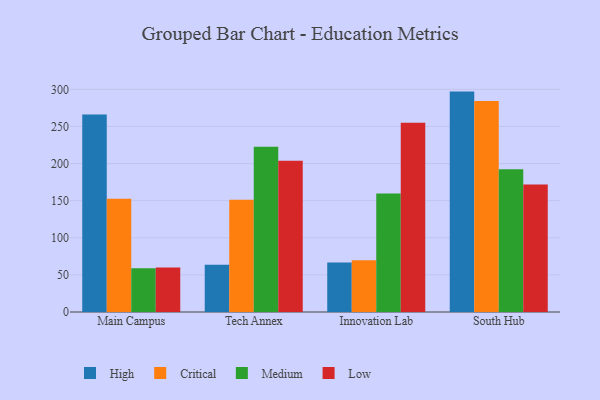
{"axis": {"x": "Campus", "y": "Humidity (%)"}, "legend": ["Critical", "High", "Low", "Medium"], "data": [{"x": "Main Campus", "y": 266.2, "type": "High"}, {"x": "Main Campus", "y": 152.6, "type": "Critical"}, {"x": "Main Campus", "y": 59.0, "type": "Medium"}, {"x": "Main Campus", "y": 59.9, "type": "Low"}, {"x": "Tech Annex", "y": 63.6, "type": "High"}, {"x": "Tech Annex", "y": 151.2, "type": "Critical"}, {"x": "Tech Annex", "y": 222.6, "type": "Medium"}, {"x": "Tech Annex", "y": 203.8, "type": "Low"}, {"x": "Innovation Lab", "y": 66.8, "type": "High"}, {"x": "Innovation Lab", "y": 69.6, "type": "Critical"}, {"x": "Innovation Lab", "y": 159.5, "type": "Medium"}, {"x": "Innovation Lab", "y": 255.0, "type": "Low"}, {"x": "South Hub", "y": 296.9, "type": "High"}, {"x": "South Hub", "y": 284.2, "type": "Critical"}, {"x": "South Hub", "y": 192.2, "type": "Medium"}, {"x": "South Hub", "y": 171.9, "type": "Low"}]}